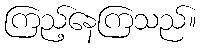
ကြည့်နေကြသည်။